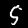
Digit: 5